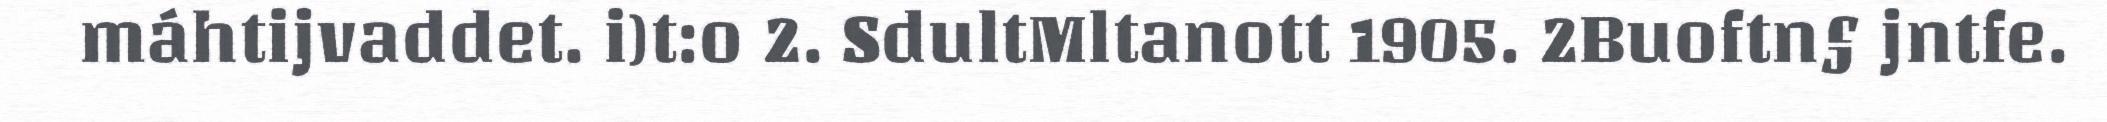
máhtijvaddet. i)t:o 2. SdultMltanott 1905. 2Buoftn§ jntfe.